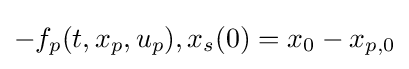
-f_{p}(t,x_{p},u_{p}),x_{s}(0)=x_{0}-x_{p,0}